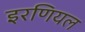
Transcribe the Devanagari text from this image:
इरणियल